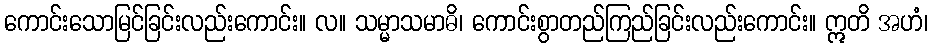
ကောင်းသောမြင်ခြင်းလည်းကောင်း။ လ။ သမ္မာသမာဓိ၊ ကောင်းစွာတည်ကြည်ခြင်းလည်းကောင်း။ ဣတိ အဟံ၊